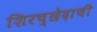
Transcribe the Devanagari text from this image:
शिरच्छेदाची